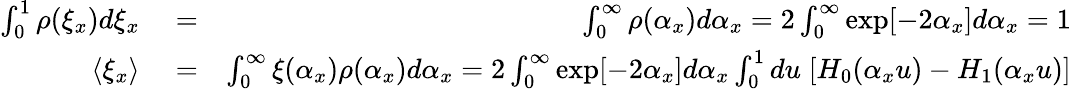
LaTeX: \begin{array}{rlr}{\int_{0}^{1}\rho(\xi_{x})d\xi_{x}}&{{}=}&{\int_{0}^{\infty}\rho(\alpha_{x})d\alpha_{x}=2\int_{0}^{\infty}\exp[-2\alpha_{x}]d\alpha_{x}=1}\\ {\langle\xi_{x}\rangle}&{{}=}&{\int_{0}^{\infty}\xi(\alpha_{x})\rho(\alpha_{x})d\alpha_{x}=2\int_{0}^{\infty}\exp[-2\alpha_{x}]d\alpha_{x}\int_{0}^{1}du\; [H_{0}(\alpha_{x}u)-H_{1}(\alpha_{x}u)]}\end{array}